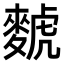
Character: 𫜐